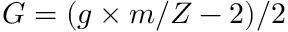
G = ( g \times m / Z - 2 ) / 2